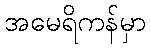
အမေရိကန်မှာ